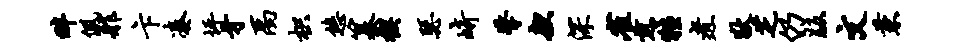
畔佩舴卞凑坪牙禹枳悠纂楔瑟崎擎款深雀煎牲煮狄芝仍版文兼